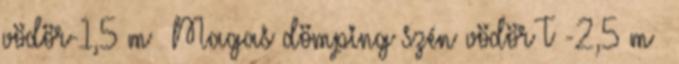
vödör-1,5 m³ Magas dömping szén vödör T -2,5 m³